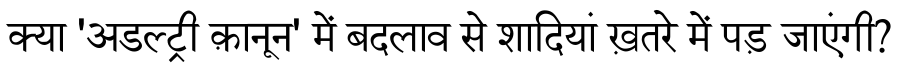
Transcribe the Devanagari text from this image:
क्या 'अडल्ट्री क़ानून' में बदलाव से शादियां ख़तरे में पड़ जाएंगी?